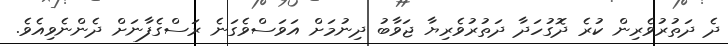
ދެ ދަތުރުވެރިން ކުރެ ދޮގުހަދާ ދަތުރުވެރިޔާ ޖަވާބު ދިނުމަށް އަވަސްވެގަނެ ރަސްގެފާނަށް ދެންނެވިއެވެ.